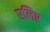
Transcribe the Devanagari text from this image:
एलिए